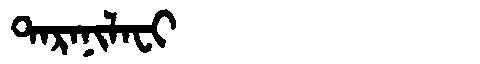
Manchu: ᡨᠠᡵᠠᠨᡳᠯᠠᠸᡳ
Romanization: TARANILAFI